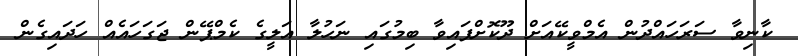
ކާނިވާ ސަރަހައްދުން އެމްވީކޭއަށް ދޫކޮށްފައިވާ ބިމުގައި ނަހުލާ އަލީގެ ކެމްޕޭން ޖަގަހައެއް ހަދައިގެން